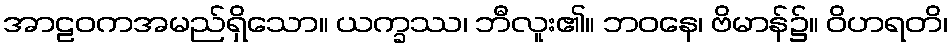
အာဠဝကအမည်ရှိသော။ ယက္ခဿ၊ ဘီလူး၏။ ဘဝနေ၊ ဗိမာန်၌။ ဝိဟရတိ၊